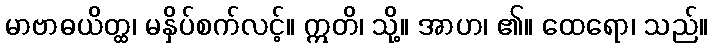
မာဗာဓယိတ္ထ၊ မနှိပ်စက်လင့်။ ဣတိ၊ သို့။ အာဟ၊ ၏။ ထေရော၊ သည်။